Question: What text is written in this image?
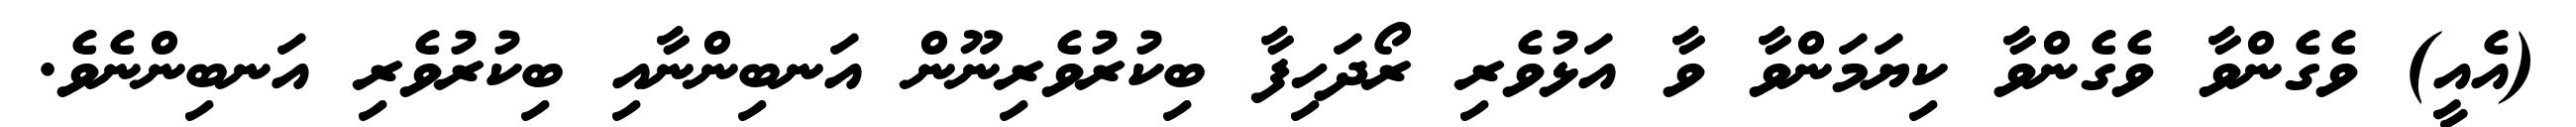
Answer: (އެއީ) ވެގެންވާ ވެގެންވާ ކިޔަމަންވާ ވާ އަޅުވެރި ރޯދަހިފާ ބިކުރުވެރިނޫން އަނބިންނާއި ބިކުރުވެރި އަނބިންނެވެ.